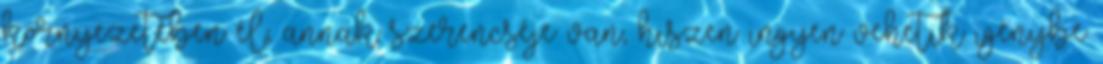
környezetében él, annak szerencséje van, hiszen ingyen vehetik igénybe